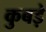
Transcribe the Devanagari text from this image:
कुबड़े